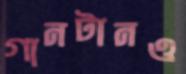
গানটানও